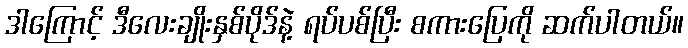
ဒါကြောင့် ဒီလေးချိုးနှစ်ပိုဒ်နဲ့ ရပ်ပစ်ပြီး စကားပြေကို ဆက်ပါတယ်။